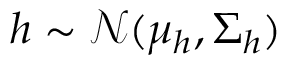
\boldsymbol { h } \sim \mathcal { N } ( \boldsymbol { \mu _ { h } } , \boldsymbol { \Sigma _ { h } } )